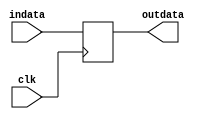
module pipeline_register #(parameter size=64)(input[size-1 : 0]indata , input clk , output reg [size-1 : 0]outdata);
	always @(posedge clk)begin
		//if(reset)
		//	outdata = {n{1'bz}};
		//else
			outdata = indata;
	end
	
endmodule